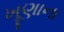
ખૂણાના